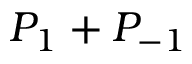
P _ { 1 } + P _ { - 1 }